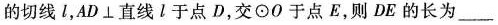
的切线 l，AD\bot 直线 l 于点 D，交\odot 0 于点 E，则 DE 的长为___